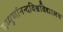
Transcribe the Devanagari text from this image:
सम्पूर्णानन्दविश्वविद्यालय